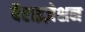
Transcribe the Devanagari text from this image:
बैप्टाइज़ेशन